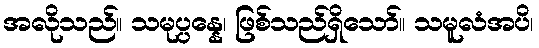
အလိုသည်။ သမုပ္ပန္နေ၊ ဖြစ်သည်ရှိသော်။ သမူလံအပိ၊